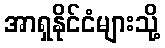
အာရှနိုင်ငံများသို့